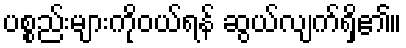
ပစ္စည်းများကိုဝယ်ရန် ဆွယ်လျက်ရှိ၏။